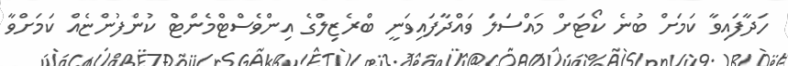
ހަދާފައިވާ ކަމަށް ބުނެ ކޯޓަށް މައްސަލަ ވައްދާފައިވަނީ ބްރެޒިލްގެ އިންވެސްޓްމެންޓް ކުންފުންޏެއް ކަމަށްވާ